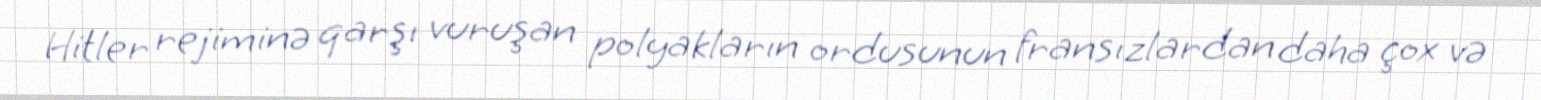
Hitler rejiminə qarşı vuruşan polyakların ordusunun fransızlardan daha çox və